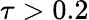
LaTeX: \tau>0.2